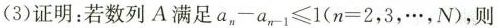
(3)证明：若数列A满足$$a_{n} -a_{n-1} \leq1(n=2，3，\cdots，N)$$，则